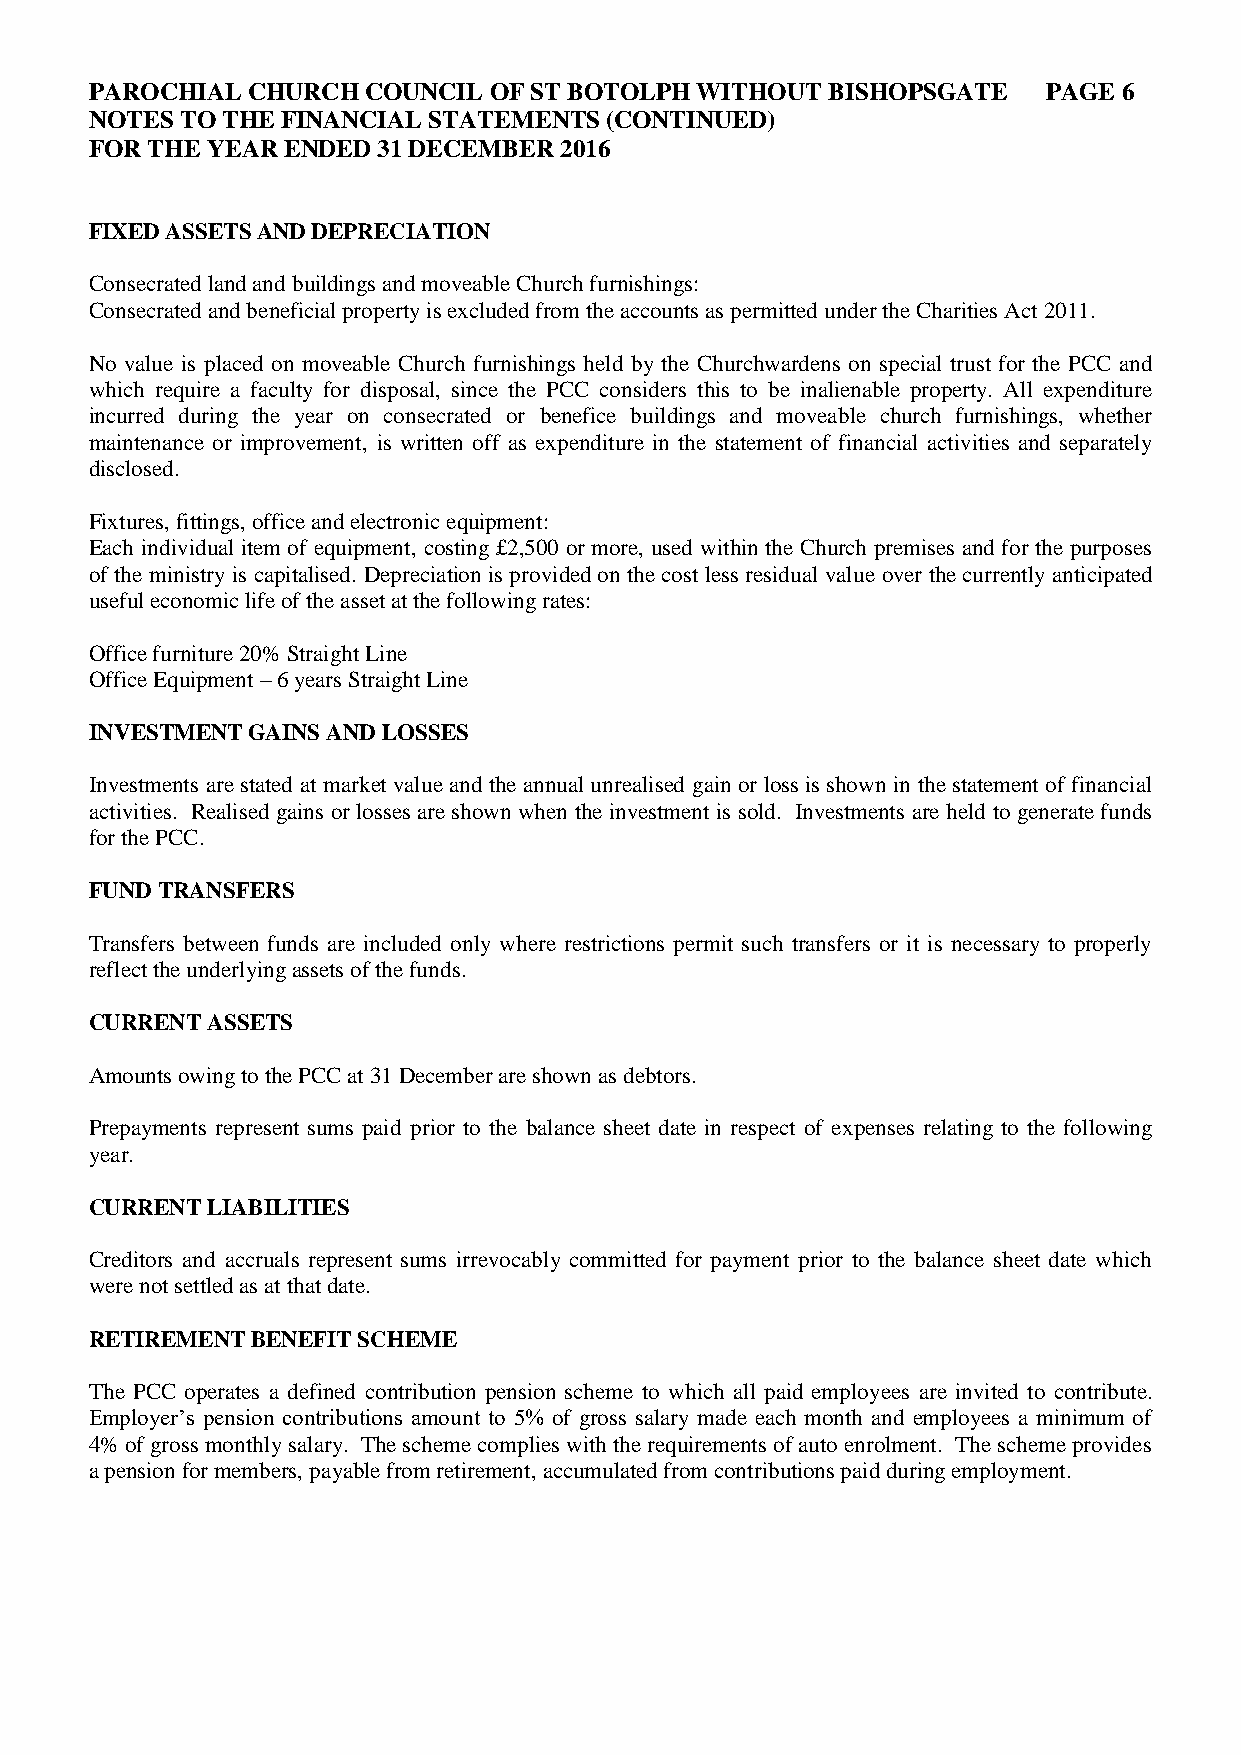
PAROCHIAL CHURCH  COUNCIL OF ST BOTOLPH WITHOUT  BISHOPSGATE   PAGE 6
 NOTES TO THE FINANCIAL STATEMENTS (CONTINUED)
 FOR THE YEAR ENDED 31 DECEMBER 2016
 FIXED ASSETS AND DEPRECIATION
 Consecrated land and buildings and moveable Church furnishings:
 Consecrated and beneficial property is excluded from the accounts as permitted under the Charities Act 2011.
 No value is placed on moveable Church furnishings held by the Churchwardens on special trust for the PCC and
 which require a faculty for disposal, since the PCC considers this to be inalienable property. All expenditure
 incurred during the year on consecrated or benefice buildings and moveable church furnishings, whether
 maintenance or improvement, is written off as expenditure in the statement of financial activities and separately
 disclosed.
 Fixtures, fittings, office and electronic equipment:
 Each individual item of equipment, costing £2,500 or more, used within the Church premises and for the purposes
 of the ministry is capitalised. Depreciation is provided on the cost less residual value over the currently anticipated
 useful economic life of the asset at the following rates:
 Office furniture 20% Straight Line
 Office Equipment – 6 years Straight Line
 INVESTMENT GAINS AND LOSSES
 Investments are stated at market value and the annual unrealised gain or loss is shown in the statement of financial
 activities. Realised gains or losses are shown when the investment is sold. Investments are held to generate funds
 for the PCC.
 FUND TRANSFERS
 Transfers between funds are included only where restrictions permit such transfers or it is necessary to properly
 reflect the underlying assets of the funds.
 CURRENT ASSETS
 Amounts owing to the PCC at 31 December are shown as debtors.
 Prepayments represent sums paid prior to the balance sheet date in respect of expenses relating to the following
 year.
 CURRENT LIABILITIES
 Creditors and accruals represent sums irrevocably committed for payment prior to the balance sheet date which
 were not settled as at that date.
 RETIREMENT BENEFIT SCHEME
 The PCC operates a defined contribution pension scheme to which all paid employees are invited to contribute.
 Employer’s pension contributions amount to 5% of gross salary made each month and employees a minimum of
 4% of gross monthly salary. The scheme complies with the requirements of auto enrolment. The scheme provides
 a pension for members, payable from retirement, accumulated from contributions paid during employment.